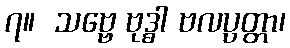
၇။  သဗ္ဗေ ဗုဒ္ဓါ ဗလပ္ပတ္တာ၊